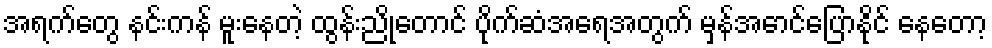
အရက်တွေ နင်းကန် မူးနေတဲ့ ထွန်းညိုတောင် ပိုက်ဆံအရေအတွက် မှန်အောင်ပြောနိုင် နေတော့